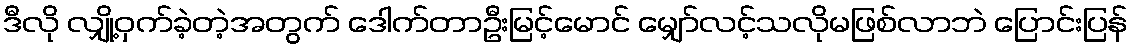
ဒီလို လျှို့ဝှက်ခဲ့တဲ့အတွက် ဒေါက်တာဦးမြင့်မောင် မျှော်လင့်သလိုမဖြစ်လာဘဲ ပြောင်းပြန်